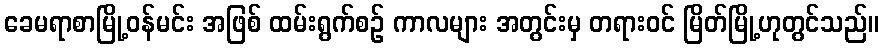
ခေမရာစာမြို့ဝန်မင်း အဖြစ် ထမ်းရွက်စဉ် ကာလများ အတွင်းမှ တရားဝင် မြိတ်မြို့ဟုတွင်သည်။